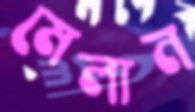
মেলান